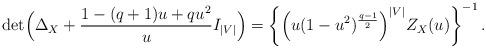
LaTeX: \begin{align*} \det\Bigl(\Delta_X+\frac{1-(q+1)u+qu^2}{u}I_{|V|}\Bigr)=\left\{\Bigl(u(1-u^2)^{\frac{q-1}{2}}\Bigr)^{|V|}Z_{X}(u)\right\}^{-1}.\end{align*}